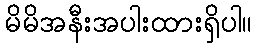
မိမိအနီးအပါးထားရှိပါ။